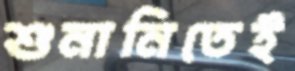
শুনানিতেই